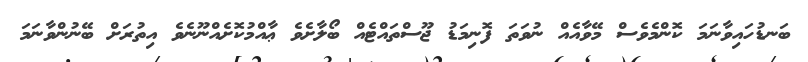
ބަނޑުހައިވާނަމަ ކޮންމެވެސް މޭވާއެއް ނުވަތަ ފޮނިމަޑު ޖޫސްތައްޓެއް ބޯލާށެވެ ޢާއްމުކޮށެއްނޫނެވެ އިތުރަށް ބޭނުންވާނަމަ